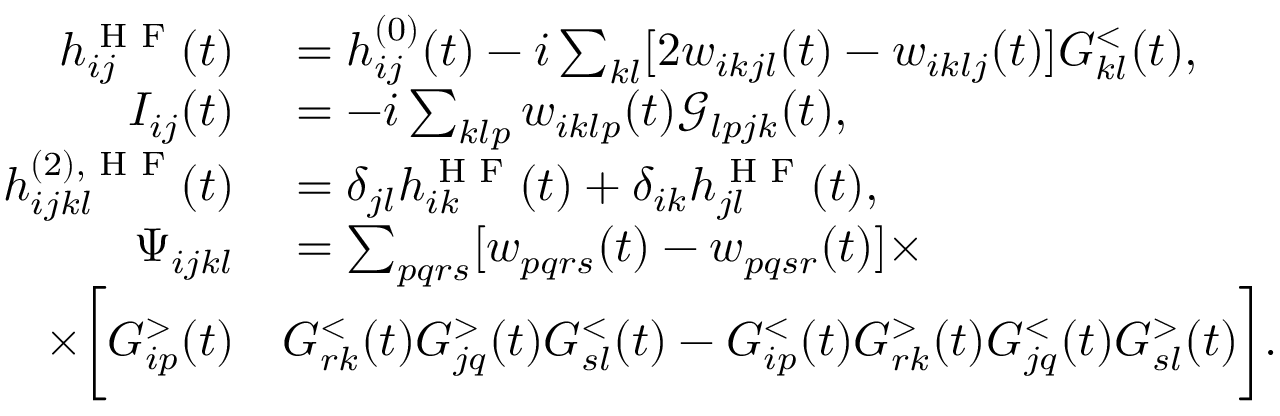
\begin{array} { r l } { h _ { i j } ^ { \textrm { H F } } ( t ) } & { { } = h _ { i j } ^ { ( 0 ) } ( t ) - i \sum _ { k l } [ 2 w _ { i k j l } ( t ) - w _ { i k l j } ( t ) ] G _ { k l } ^ { < } ( t ) , } \\ { I _ { i j } ( t ) } & { { } = - i \sum _ { k l p } w _ { i k l p } ( t ) \mathcal { G } _ { l p j k } ( t ) , } \\ { h _ { i j k l } ^ { ( 2 ) , \textrm { H F } } ( t ) } & { { } = \delta _ { j l } h _ { i k } ^ { \textrm { H F } } ( t ) + \delta _ { i k } h _ { j l } ^ { \textrm { H F } } ( t ) , } \\ { \Psi _ { i j k l } } & { { } = \sum _ { p q r s } [ w _ { p q r s } ( t ) - w _ { p q s r } ( t ) ] \times } \\ { \times \bigg [ G _ { i p } ^ { > } ( t ) } & { { } G _ { r k } ^ { < } ( t ) G _ { j q } ^ { > } ( t ) G _ { s l } ^ { < } ( t ) - G _ { i p } ^ { < } ( t ) G _ { r k } ^ { > } ( t ) G _ { j q } ^ { < } ( t ) G _ { s l } ^ { > } ( t ) \bigg ] . } \end{array}